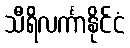
သီရိလင်္ကာနိုင်ငံ